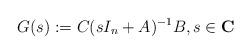
LaTeX: \begin{align*}G(s) := C(sI_n +A)^{-1}B, s\in {\bf C}\end{align*}